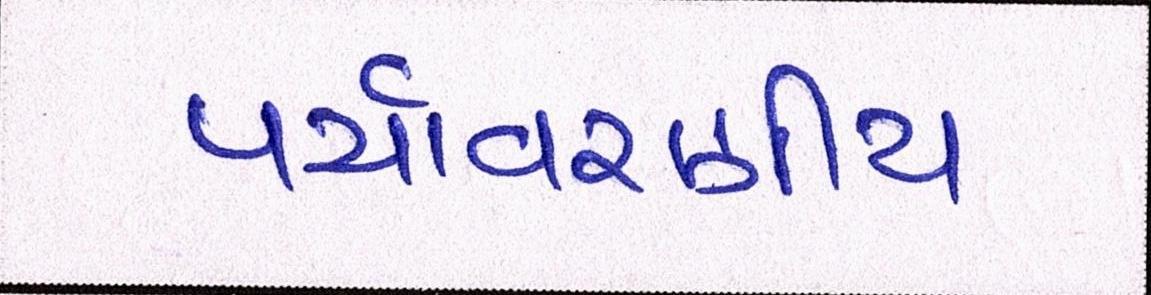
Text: પર્યાવરણીય